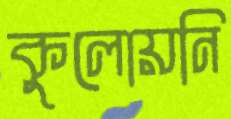
কুলোয়নি